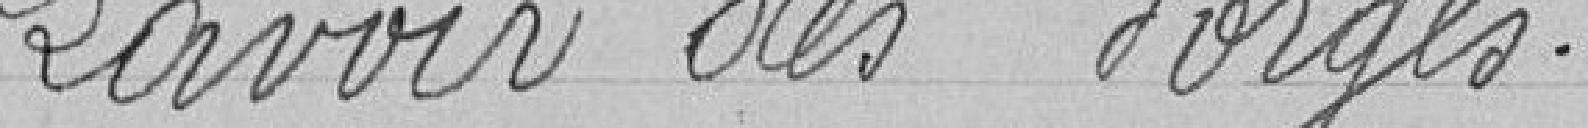
Lavoir des Forges